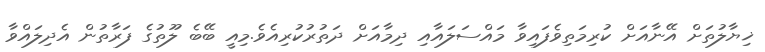
ޚިޔާލުތަށް އޭނާއަށް ކުރިމަތިވެފައިވާ މައްސަލައާއި ދިމާއަށް ދަތުރުކުރިއެވެ.މިއީ ބޭބެ ލޫތުގެ ފަރާތުން އެދިލައްވާ